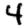
Digit: 4